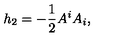
h _ { 2 } = - \frac { 1 } { 2 } A ^ { i } A _ { i } ,